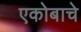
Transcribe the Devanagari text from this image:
एकोबाचे